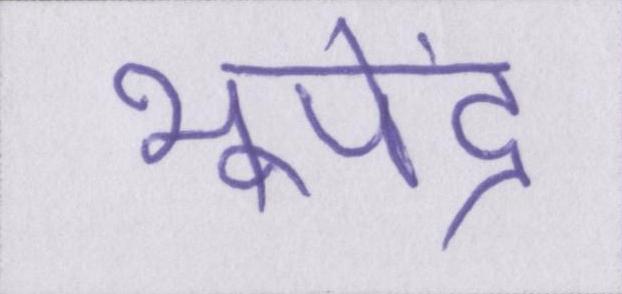
भूपेंद्र